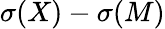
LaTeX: \sigma(X)-\sigma(M)